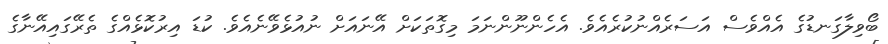
ބޯވިލާގަނޑުގެ އެއްވެސް އަސަރެއްނުކުރެއެވެ. އެހެންނޫންނަމަ މިގޮތަކަށް އޭނައަށް ނުއުޅެވޭނެއެވެ. ކުޑަ އިރުކޮޅެއްގެ ތެރޭގައިއޭނާގެ